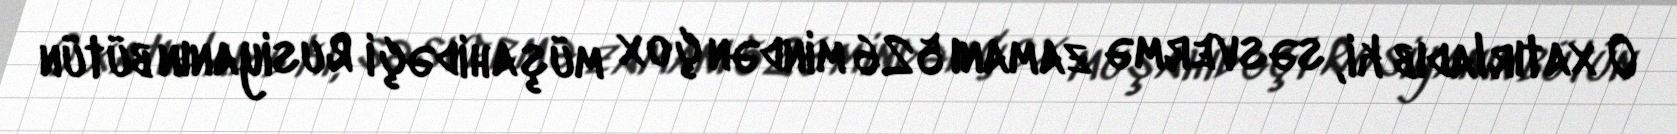
O xatırladıb ki, səsvermə zamanı 526 mindən çox müşahidəçi Rusiyanın bütün